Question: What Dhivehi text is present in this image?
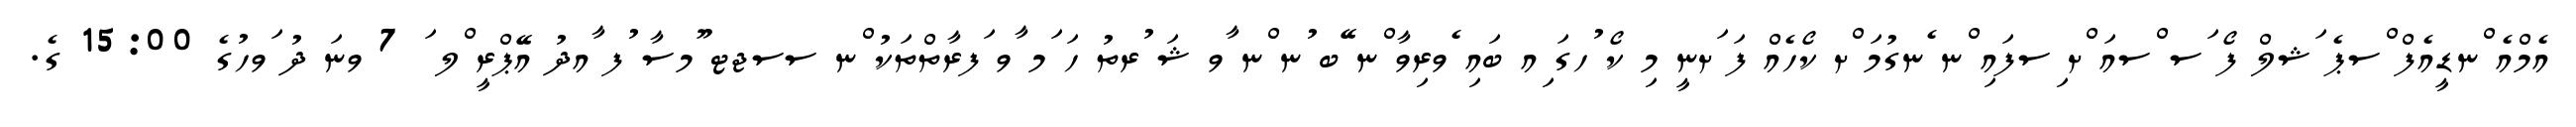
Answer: އެމްއެ ްނޑީއެފް ްސޕެ ަޝލް ފޯ ަސ ްސއަ ްށ ިސފައި ްނ ެނގުމަ ްށ ކޯހެއް ފަ ަށނީ މި ކޯ ުހގަ ިއ ބައި ެވރިވާ ްނ ޭބ ުނ ްނ ާވ ޝަ ުރތު ހަ ަމ ާވ ަފރާތްތަކު ްނ ސސޖޓ ޫމސާ ުފ ާއދު އޭޕްރީ ްލ ަ 7 ވނަ ދު ަވހުގެ 15:00 ގެ.